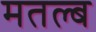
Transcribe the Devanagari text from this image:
मतल्ब